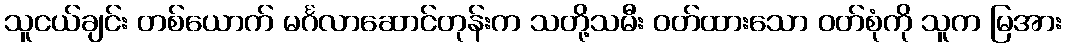
သူငယ်ချင်း တစ်ယောက် မင်္ဂလာဆောင်တုန်းက သတို့သမီး ဝတ်ထားသော ဝတ်စုံကို သူက မြအား